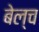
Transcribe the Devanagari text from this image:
बेल्च